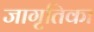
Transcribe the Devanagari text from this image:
जागृतिका